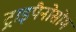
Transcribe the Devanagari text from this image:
ट्राइपैनोसोम